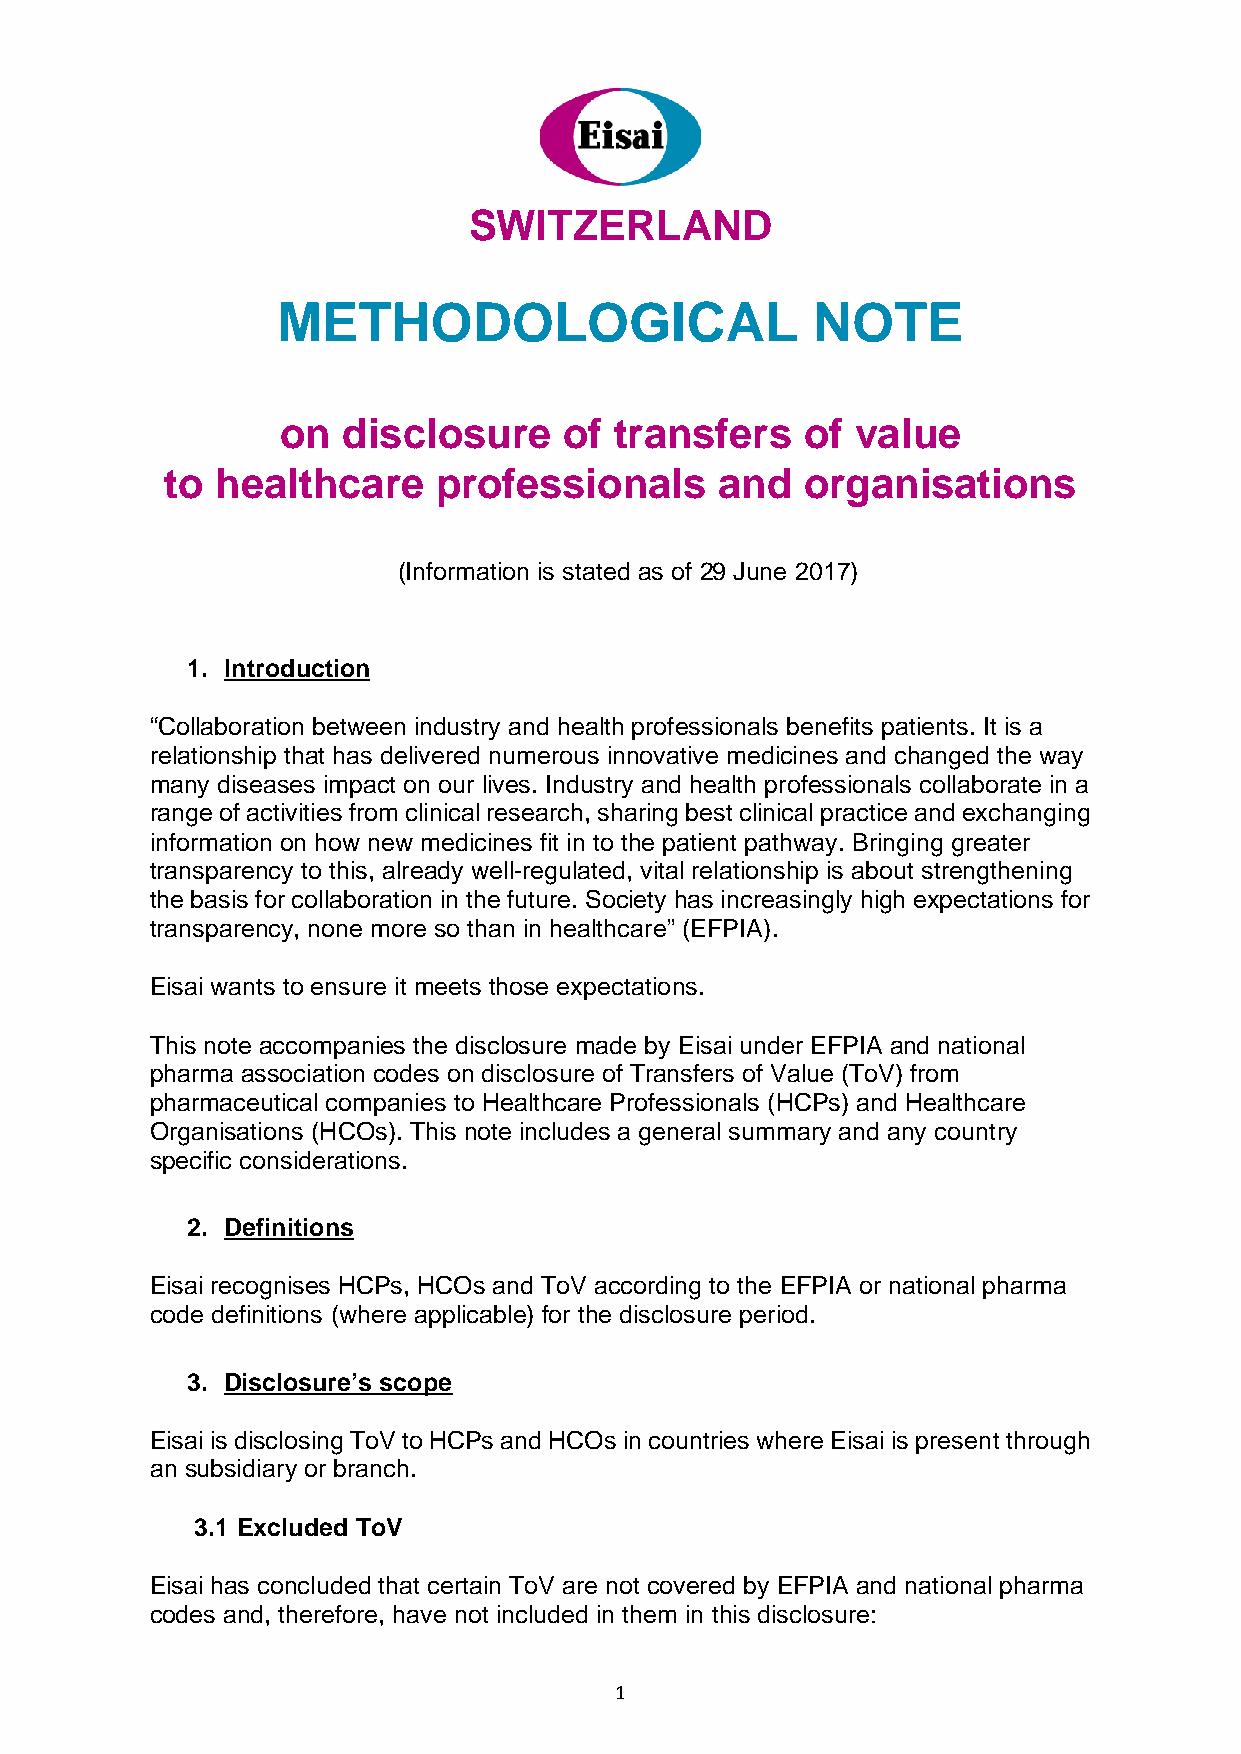
SWITZERLAND
 METHODOLOGICAL                      NOTE
 on  disclosure    of  transfers   of  value
 to healthcare     professionals      and  organisations
 (Information is stated as of 29 June 2017)
 1. Introduction
 “Collaboration between industry and health professionals benefits patients. It is a
 relationship that has delivered numerous innovative medicines and changed the way
 many diseases impact on our lives. Industry and health professionals collaborate in a
 range of activities from clinical research, sharing best clinical practice and exchanging
 information on how new medicines fit in to the patient pathway. Bringing greater
 transparency to this, already well-regulated, vital relationship is about strengthening
 the basis for collaboration in the future. Society has increasingly high expectations for
 transparency, none more so than in healthcare” (EFPIA).
 Eisai wants to ensure it meets those expectations.
 This note accompanies the disclosure made by Eisai under EFPIA and national
 pharma association codes on disclosure of Transfers of Value (ToV) from
 pharmaceutical companies to Healthcare Professionals (HCPs) and Healthcare
 Organisations (HCOs). This note includes a general summary and any country
 specific considerations.
 2. Definitions
 Eisai recognises HCPs, HCOs and ToV according to the EFPIA or national pharma
 code definitions (where applicable) for the disclosure period.
 3. Disclosure’s scope
 Eisai is disclosing ToV to HCPs and HCOs in countries where Eisai is present through
 an subsidiary or branch.
 3.1 Excluded ToV
 Eisai has concluded that certain ToV are not covered by EFPIA and national pharma
 codes and, therefore, have not included in them in this disclosure:
 1